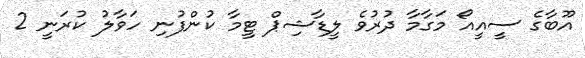
އޫބާގެ ސީއީއޯ މަގާމާ ދުރުވެ ލީޑާޝިޕް ޓީމާ ކުންފުނި ހަވާލު ކުރަނީ 2